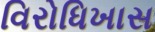
વિરોધિખાસ